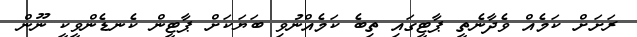
ރަށަށް ކަމެއް ވެދާނެތީ ޕާޓީގައި ތިބެ ކަމެއްނުވި ބަޔަކަށް ޕާޓީން ކެނޑެންވީކީ ނޫން